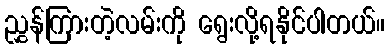
ညွှန်ကြားတဲ့လမ်းကို ရွေးလို့ရနိုင်ပါတယ်။